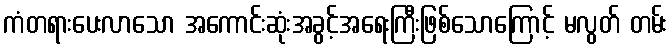
ကံတရားပေးလာသော အကောင်းဆုံးအခွင့်အရေးကြီးဖြစ်သောကြောင့် မလွတ် တမ်း